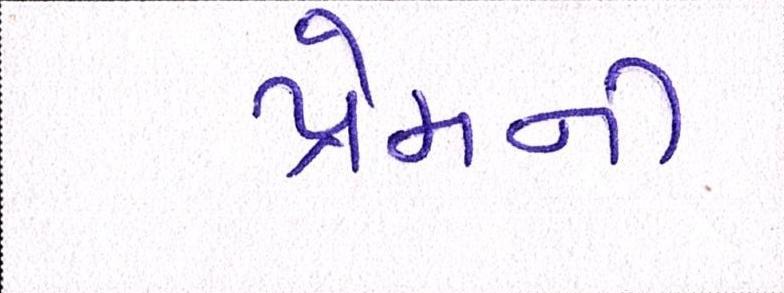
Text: પ્રેમની